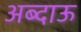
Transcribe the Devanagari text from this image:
अब्दाऊ